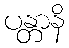
ပန္တာနိ